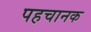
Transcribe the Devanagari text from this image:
पहचानक